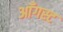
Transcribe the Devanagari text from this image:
आँगस्ट